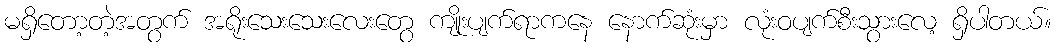
မရှိတော့တဲ့အတွက် အရိုးသေးသေးလေးတွေ ကျိုးပျက်ရာကနေ နောက်ဆုံးမှာ လုံးဝပျက်စီးသွားလေ့ ရှိပါတယ်။